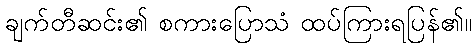
ချက်တီဆင်း၏ စကားပြောသံ ထပ်ကြားရပြန်၏။